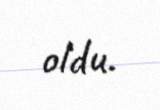
oldu.